Physiological action of certain drugs in tablet form - Number 52A
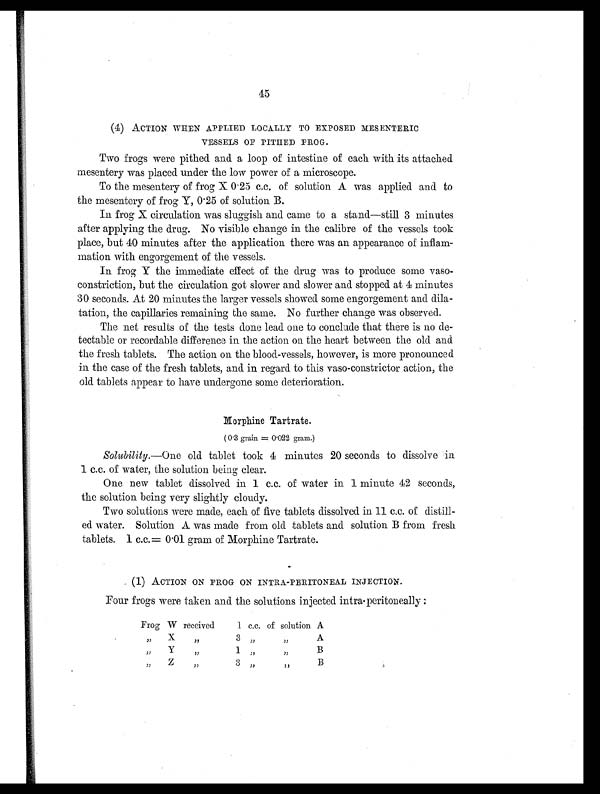
45
(4) ACTION WHEN APPLIED LOCALLY TO EXPOSED MESENTERIC
VESSELS OF PITHED FROG.
Two frogs were pithed and a loop of intestine of each with its attached
mesentery was placed under the low power of a microscope.
To the mesentery of frog X 0.25 c.c. of solution A was applied and to
the mesentery of frog Y, 0.25 of solution B.
In frog X circulation was sluggish and came to a stand—still 3 minutes
after applying the drug. No visible change in the calibre of the vessels took
place, but 40 minutes after the application there was an appearance of inflam-
mation with engorgement of the vessels.
In frog Y the immediate effect of the drug was to produce some vaso-
constriction, but the circulation got slower and slower and stopped at 4 minutes
30 seconds. At 20 minutes the larger vessels showed some engorgement and dila-
tation, the capillaries remaining the same. No further change was observed.
The net results of the tests done lead one to conclude that there is no de-
tectable or recordable difference in the action on the heart between the old and
the fresh tablets. The action on the blood-vessels, however, is more pronounced
in the case of the fresh tablets, and in regard to this vaso-constrictor action, the
old tablets appear to have undergone some deterioration.
Morphine Tartrate.
( 0.3 grain = 0.022 gram.)
Solubility. —One old tablet took 4 minutes 20 seconds to dissolve in
1 c.c. of water, the solution being clear.
One new tablet dissolved in 1 c.c. of water in 1 minute 42 seconds,
the solution being very slightly cloudy.
Two solutions were made, each of five tablets dissolved in 11 c.c. of distill-
ed water. Solution A was made from old tablets and solution B from fresh
tablets. 1 c.c. = 0.01 gram of Morphine Tartrate.
(1) ACTION ON FROG ON INTRA-PERITONEAL INJECTION.
Four frogs were taken and the solutions injected intra-peritoneally :
Frog W
received
1 c.c. of solution A
,,
X
, ,
3 ,,
, ,
A
,,
Y
, ,
1 ,,
, ,
B
,,
Z
,,
3 ,,
, ,
B